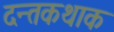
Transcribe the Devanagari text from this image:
दन्तकथाक